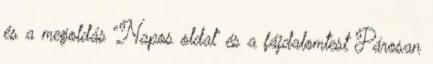
és a megoldás “Napos oldal” és a fájdalomtest Párosan